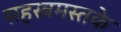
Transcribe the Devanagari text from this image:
सहस्त्रमस्तके